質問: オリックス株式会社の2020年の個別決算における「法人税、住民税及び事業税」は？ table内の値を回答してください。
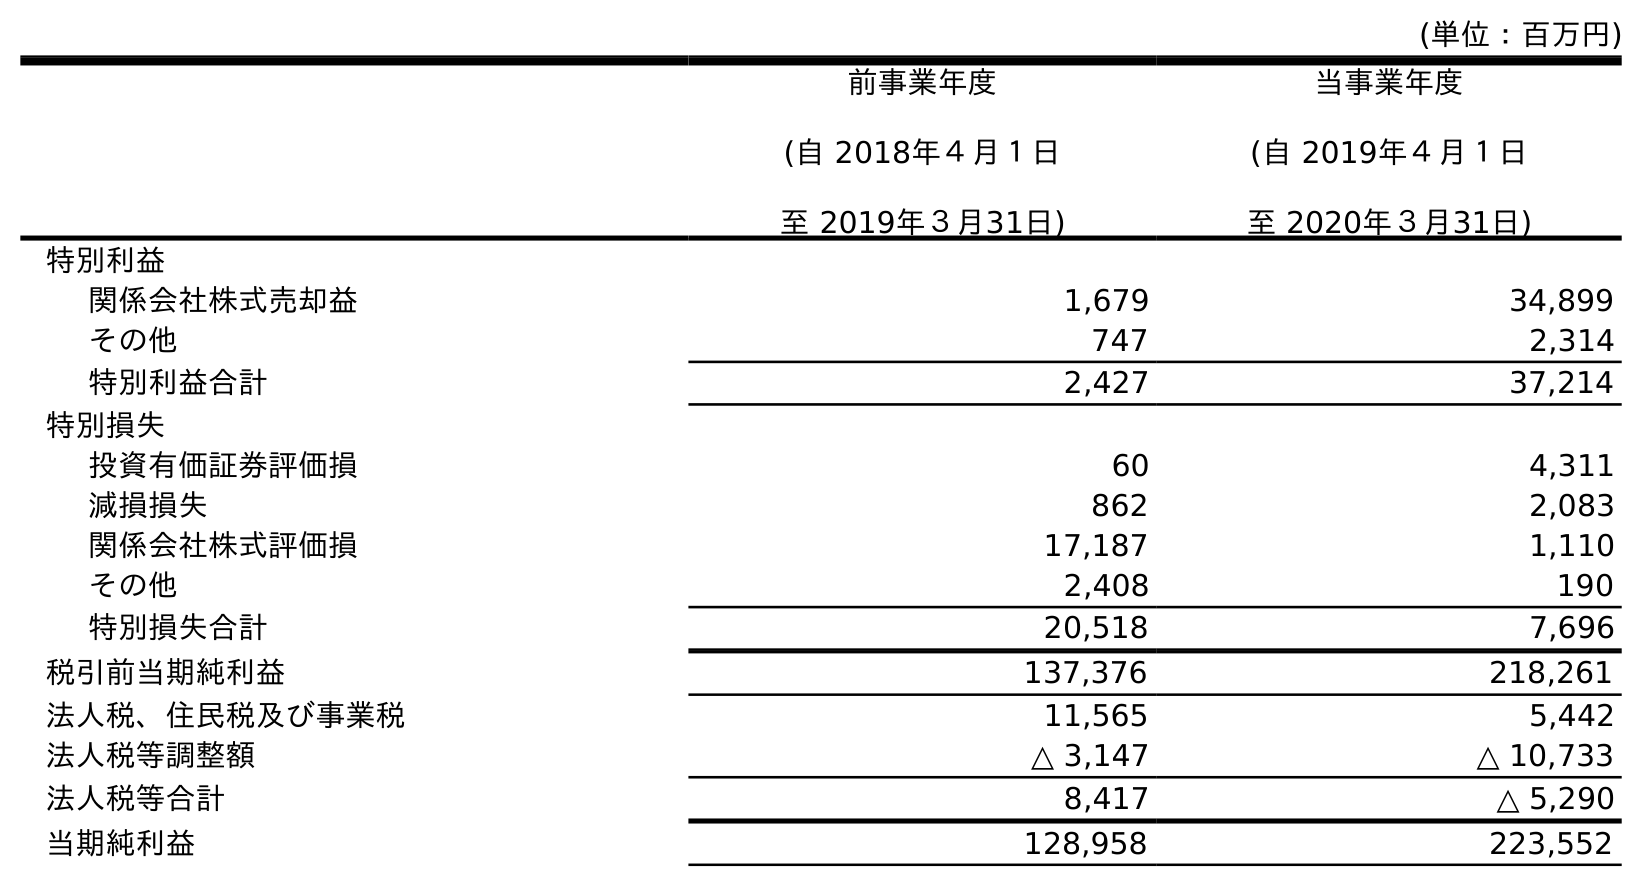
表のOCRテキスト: (単位：百万円) 前事業年度 (自 2018年４月１日 至 2019年３月31日) 当事業年度 (自 2019年４月１日 至 2020年３月31日) 特別利益 関係会社株式売却益 1,679 34,899 その他 747 2,314 特別利益合計 2,427 37,214 特別損失 投資有価証券評価損 60 4,311 減損損失 862 2,083 関係会社株式評価損 17,187 1,110 その他 2,408 190 特別損失合計 20,518 7,696 税引前当期純利益 137,376 218,261 法人税、住民税及び事業税 11,565 5,442 法人税等調整額 △ 3,147 △ 10,733 法人税等合計 8,417 △ 5,290 当期純利益 128,958 223,552
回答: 5,442